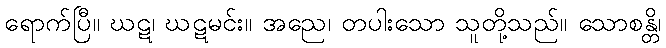
ရောက်ပြီ။ ဃဋ၊ ဃဋမင်း။ အညေ၊ တပါးသော သူတို့သည်။ သောစန္တိ၊